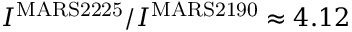
I ^ { \mathrm { M A R S 2 2 2 5 } } / I ^ { \mathrm { M A R S 2 1 9 0 } } \approx 4 . 1 2